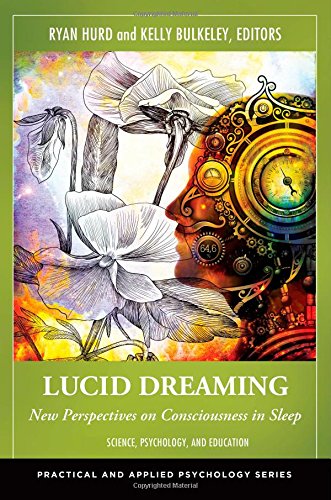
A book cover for Lucid Dreaming [2 volumes]: New Perspectives on Consciousness in Sleep (Practical and Applied Psychology); Self-Help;